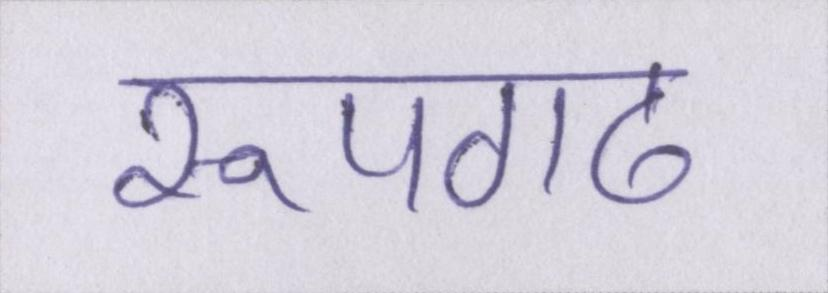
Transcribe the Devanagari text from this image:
रूपगढ